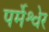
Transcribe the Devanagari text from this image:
पर्मेश्वेर